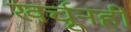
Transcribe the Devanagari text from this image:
खर्चूनही